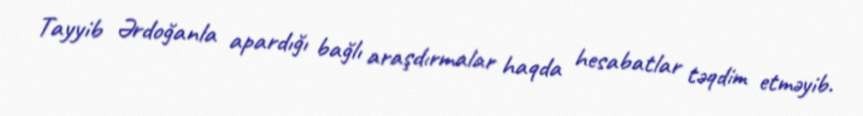
Tayyib Ərdoğanla apardığı bağlı araşdırmalar haqda hesabatlar təqdim etməyib.